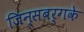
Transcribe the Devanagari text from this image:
जिन्सबर्गके